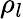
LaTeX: \rho_{l}